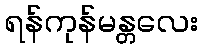
ရန်ကုန်မန္တလေး